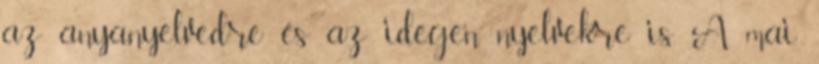
az anyanyelvedre és az idegen nyelvekre is. A mai